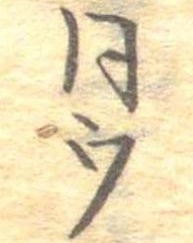
同ウ